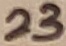
Text: 23